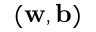
( \mathbf { w } , \mathbf { b } )